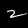
Digit: 2